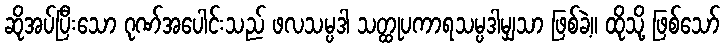
ဆိုအပ်ပြီးသော ဂုဏ်အပေါင်းသည် ဖလသမ္ပဒါ သတ္ထုပကာရသမ္ပဒါမျှသာ ဖြစ်ခဲ့။ ထိုသို့ ဖြစ်သော်